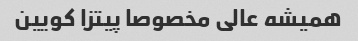
همیشه عالی مخصوصا پیتزا کویین